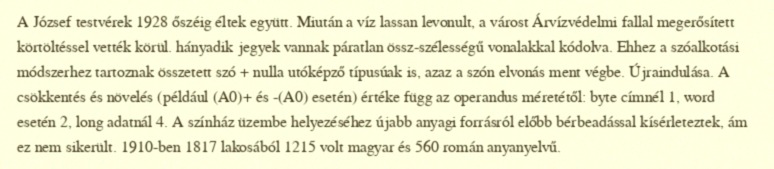
A József testvérek 1928 őszéig éltek együtt. Miután a víz lassan levonult, a várost Árvízvédelmi fallal megerősített körtöltéssel vették körül. hányadik jegyek vannak páratlan össz-szélességű vonalakkal kódolva. Ehhez a szóalkotási módszerhez tartoznak összetett szó + nulla utóképző típusúak is, azaz a szón elvonás ment végbe. Újraindulása. A csökkentés és növelés (például (A0)+ és -(A0) esetén) értéke függ az operandus méretétől: byte címnél 1, word esetén 2, long adatnál 4. A színház üzembe helyezéséhez újabb anyagi forrásról előbb bérbeadással kísérleteztek, ám ez nem sikerült. 1910-ben 1817 lakosából 1215 volt magyar és 560 román anyanyelvű.